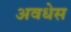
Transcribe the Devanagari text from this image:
अवधेस